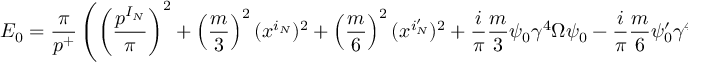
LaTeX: E _ { 0 } = \frac { \pi } { p ^ { + } } \left( \left( \frac { p ^ { I _ { N } } } { \pi } \right) ^ { 2 } + \left( \frac { m } { 3 } \right) ^ { 2 } ( x ^ { i _ { N } } ) ^ { 2 } + \left( \frac { m } { 6 } \right) ^ { 2 } ( x ^ { i _ { N } ^ { \prime } } ) ^ { 2 } + \frac { i } { \pi } \frac { m } { 3 } \psi _ { 0 } \gamma ^ { 4 } \Omega \psi _ { 0 } - \frac { i } { \pi } \frac { m } { 6 } \psi _ { 0 } ^ { \prime } \gamma ^ { 4 } \Omega \psi _ { 0 } ^ { \prime } \right) ~ .